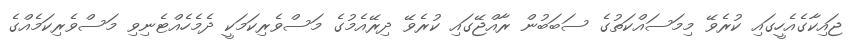
ޖައިކާގެއެހީގައި ކުރެވޭ މިމަސައްކަތުގެ ސަބަބުން ރާއްޖޭގައި ކުރެވޭ ދިރޭއެމުގެ މަސްވެރިކަމަކީ ދެމެހެއްޓެނިވި މަސްވެރިކަމެއްގެ